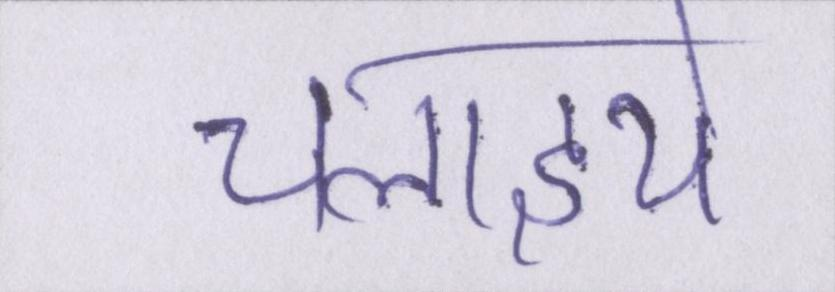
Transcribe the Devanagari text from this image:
चलाइये